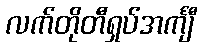
လက်တိုတီရှပ်အင်္ကျီ